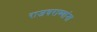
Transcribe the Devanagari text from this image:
राजघराण्यांना